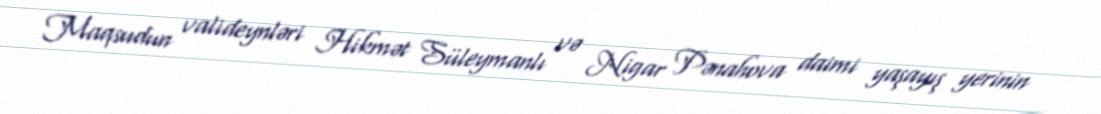
Maqsudun valideynləri Hikmət Süleymanlı və Nigar Pənahova daimi yaşayış yerinin